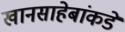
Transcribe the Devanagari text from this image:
खानसाहेबांकडे